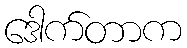
ဒေါက်တာက